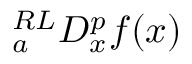
{ } _ { a } ^ { R L } D _ { x } ^ { p } f ( x )